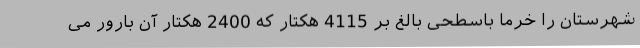
شهرستان را خرما باسطحی بالغ بر 4115 هکتار که 2400 هکتار آن بارور می